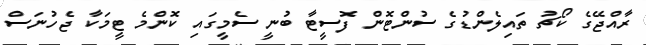
ރާއްޖޭގެ ކޯޗު ތައިލެންޑުގެ ސުންޓޮން ފޮސީޓާ ބުނީ ސެމީގައި ކޮންމެ ޓީމަކާ ޖެހުނަސް